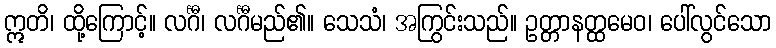
ဣတိ၊ ထို့ကြောင့်။ လင်္ဂီ၊ လင်္ဂီမည်၏။ သေသံ၊ အကြွင်းသည်။ ဥတ္တာနတ္ထမေဝ၊ ပေါ်လွင်သော